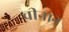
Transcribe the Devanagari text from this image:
चीनान